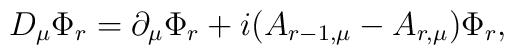
D_\mu \Phi_r = \partial_\mu \Phi_r + i (A_{r-1,\mu} - A_{r,\mu}) \Phi_r,